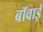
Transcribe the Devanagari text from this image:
बॉवाई